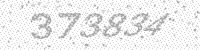
Solution: 373834